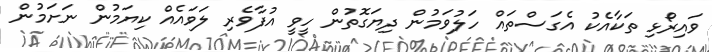
ވައިރޯޅި ތަކާއެކު އެގަސްތައް ހަލުވަމުން ދިޔަގޮތުން ހީވީ އުފާވެރި ލަވައެއް ކިޔަމުން ނަށަމުން